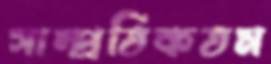
সাম্প্রতিকতম